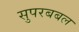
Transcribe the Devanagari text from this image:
सुपरबबल